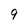
Character: 9